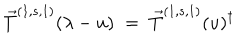
\vec { T } ^ { ( 1 , s , 1 ) } ( \lambda - u ) \; = \; { \vec { T } ^ { ( 1 , s , 1 ) } } ( u ) ^ { \dagger }